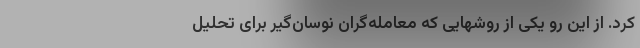
کرد. از این رو یکی از روشهایی که معامله‌گران نوسان‌گیر برای تحلیل